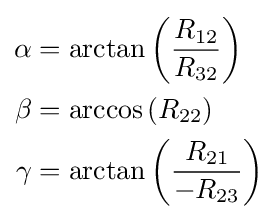
{\begin{aligned}\alpha &=\arctan \left({\frac {R_{12}}{R_{32}}}\right)\\\beta &=\arccos \left(R_{22}\right)\\\gamma &=\arctan \left({\frac {R_{21}}{-R_{23}}}\right)\end{aligned}}